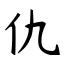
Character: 仇